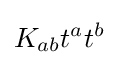
K_{ab}t^{a}t^{b}